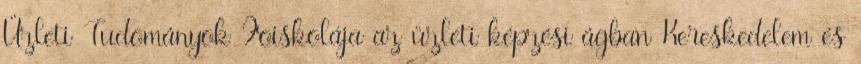
Üzleti Tudományok Fõiskolája az üzleti képzési ágban Kereskedelem és